Report of veterinary surgeon J.H. Steel, A.V.D., on his investigation into an obscure and fatal disease among transport mules in British Burma
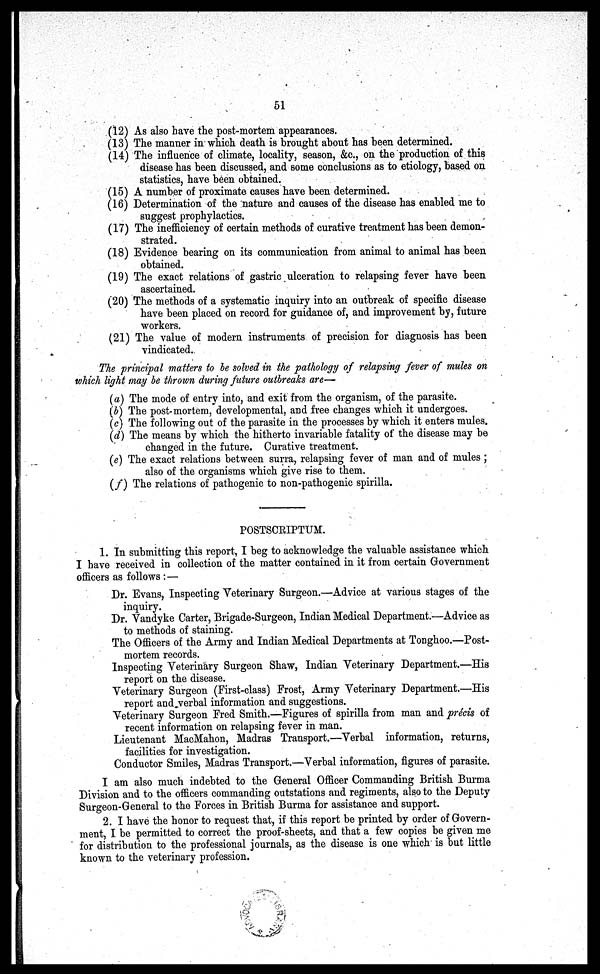
51
(12) As also have the post-mortem appearances.
(13) The manner in which death is brought about has been determined.
(14) The influence of climate, locality, season, &c, on the production of this
disease has been discussed, and some conclusions as to etiology, based on
statistics, have been obtained.
(15) A number of proximate causes have been determined.
(16) Determination of the nature and causes of the disease has enabled me to
suggest prophylactics.
(17) The inefficiency of certain methods of curative treatment has been demon-
strated.
(18) Evidence bearing on its communication from animal to animal has been
obtained.
(19) The exact relations of gastric ulceration to relapsing fever have been
ascertained.
(20) The methods of a systematic inquiry into an outbreak of specific disease
have been placed on record for guidance of, and improvement by, future
workers.
(21) The value of modern instruments of precision for diagnosis has been
vindicated.
The principal matters to be solved in the pathology of relapsing fever of mules on
which light may be thrown during future outbreaks are—
(a) The mode of entry into, and exit from the organism, of the parasite.
(b) The post-mortem, developmental, and free changes which it undergoes.
(c) The following out of the parasite in the processes by which it enters mules.
(d) The means by which the hitherto invariable fatality of the disease may be
changed in the future. Curative treatment.
(e) The exact relations between surra, relapsing fever of man and of mules ;
also of the organisms which give rise to them.
(f) The relations of pathogenic to non-pathogenic spirilla.
POSTSCRIPTUM.
1. In submitting this report, I beg to acknowledge the valuable assistance which
I have received in collection of the matter contained in it from certain Government
officers as follows : —
Dr. Evans, Inspecting Veterinary Surgeon.—Advice at various stages of the
inquiry.
Dr. Vandyke Carter, Brigade-Surgeon, Indian Medical Department.—Advice as
to methods of staining.
The Officers of the Army and Indian Medical Departments at Tonghoo.—Post-
mortem records.
Inspecting Veterinary Surgeon Shaw, Indian Veterinary Department.—His
report on the disease.
Veterinary Surgeon (First-class) Frost, Army Veterinary Department.—His
report and verbal information and suggestions.
Veterinary Surgeon Fred Smith.—Figures of spirilla from man and precis of
recent information on relapsing fever in man.
Lieutenant MacMahon, Madras Transport.—Verbal information, returns,
facilities for investigation.
Conductor Smiles, Madras Transport.—Verbal information, figures of parasite.
I am also much indebted to the General Officer Commanding British Burma
Division and to the officers commanding outstations and regiments, also to the Deputy
Surgeon-General to the Forces in British Burma for assistance and support.
2. I have the honor to request that, if this report be printed by order of Govern-
ment, I be permitted to correct the proof-sheets, and that a few copies be given me
for distribution to the professional journals, as the disease is one which is but little
known to the veterinary profession.